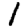
Digit: 1